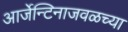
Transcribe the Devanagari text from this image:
आर्जेन्टिनाजवळच्या